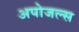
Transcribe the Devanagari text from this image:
अपोजल्स